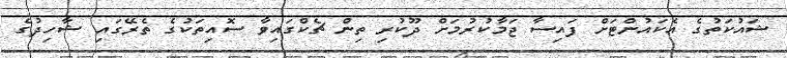
ޝައުކަތުގެ އެކައުންޓަށް ފައިސާ ޖަމާކުރުމަށް ދޫކުރި ތިން ޗެކްގައިވާ ސޮއިތަކުގެ ތެރޭގައި ޝާހިދުގެ